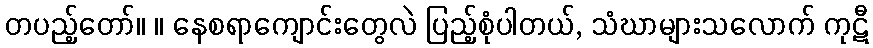
တပည့်တော်။ ။ နေစရာကျောင်းတွေလဲ ပြည့်စုံပါတယ်, သံဃာများသလောက် ကုဋီ